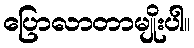
ပြောလာတာမျိုးပါ။